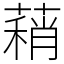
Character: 蕱